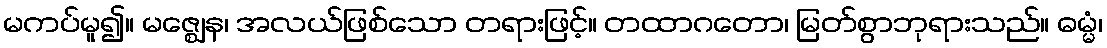
မကပ်မူ၍။ မဇ္ဈေန၊ အလယ်ဖြစ်သော တရားဖြင့်။ တထာဂတော၊ မြတ်စွာဘုရားသည်။ ဓမ္မံ၊